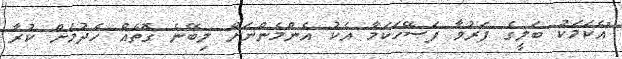
"އެކަމަކު ބަލީގެ ފަރުވާ ފަސޭހަކަމާ އެކު އެންމެންނަށް ލިބޭނެ ގޮތެއް ހެދުމަށް ކުރާ